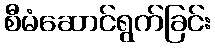
စီမံဆောင်ရွက်ခြင်း